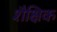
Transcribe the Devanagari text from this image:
शैक्षिक